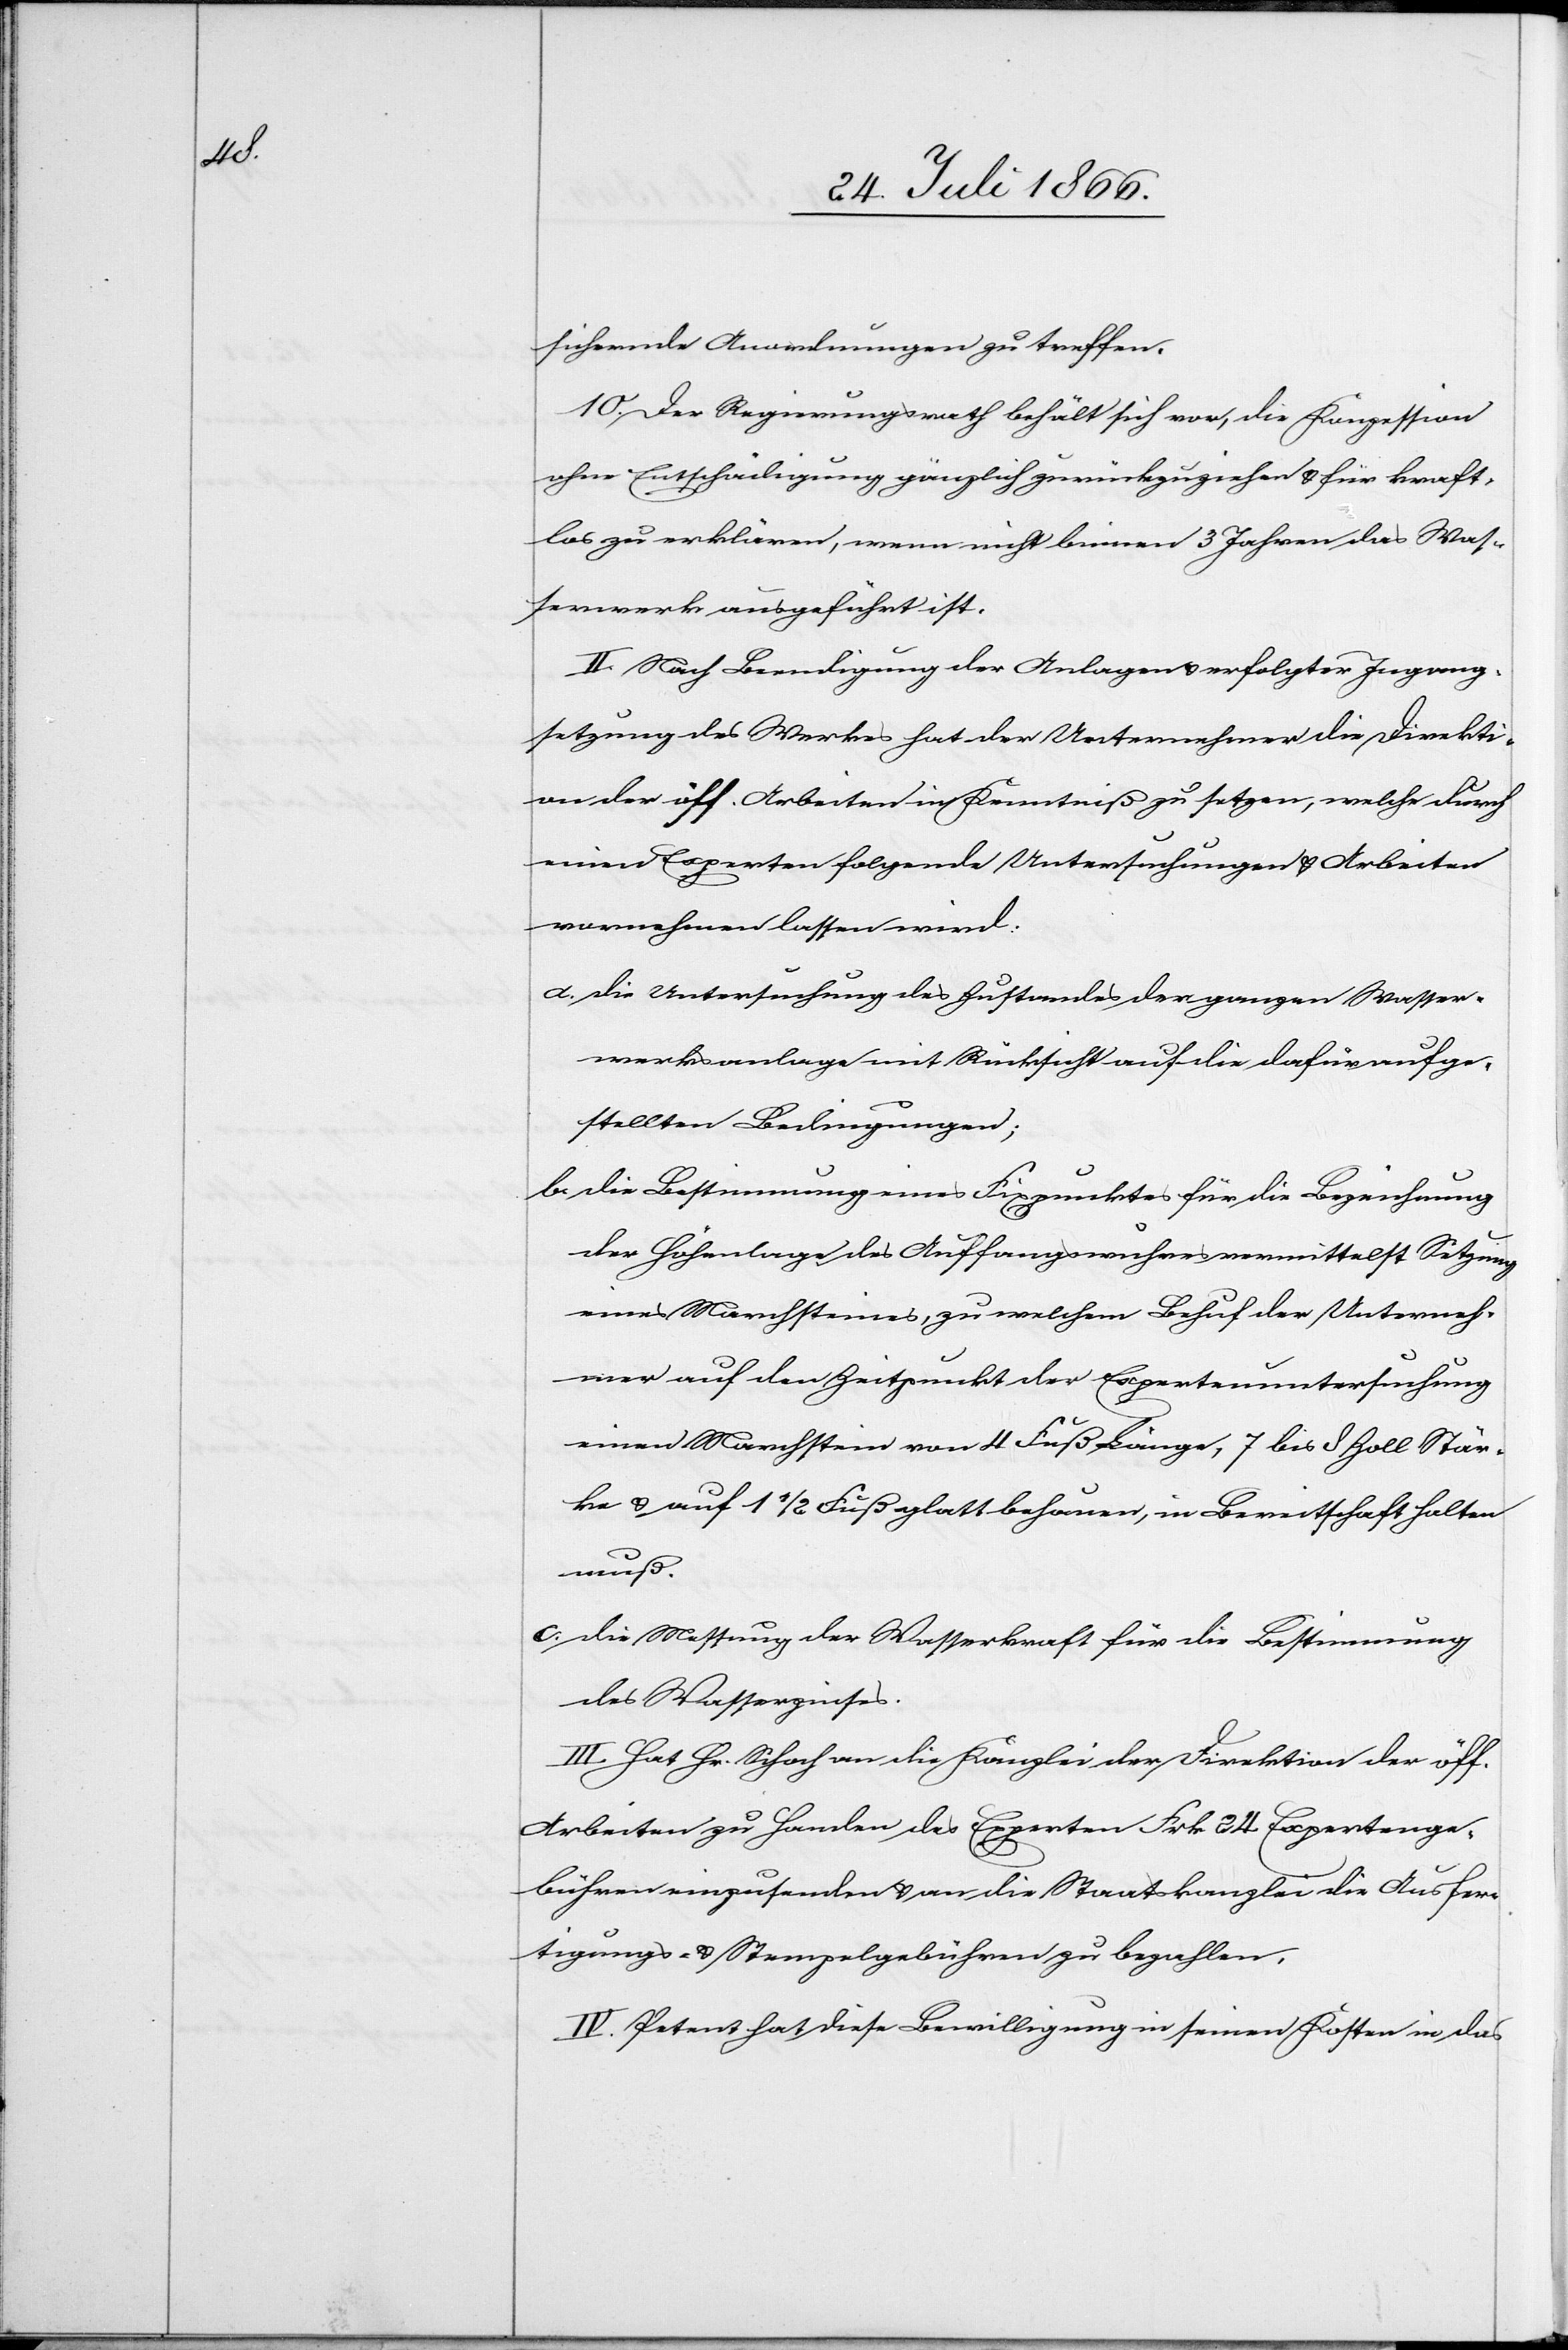
sichernde Anordnungen zu treffen.
10. Der Regierungsrath behält sich vor, die Konzession
ohne Entschädigung gänzlich zurückzuziehen u. für kraft¬
los zu erklären, wenn nicht binnen 3 Jahren das Was¬
serwerk ausgeführt ist.
II. Nach Beendigung der Anlagen u. erfolgter Ingang¬
setzung des Werkes hat der Unternehmer die Direkti¬
on der öff. Arbeiten in Kenntniß zu setzen, welche durch
einen Experten folgende Untersuchungen u. Arbeiten
vornehmen lassen wird:
a. die Untersuchung des Zustandes der ganzen Wasser¬
werksanlage mit Rücksicht auf die dafür aufge¬
stellten Bedingungen.
b. die Bestimmung eines Fixpunktes für die Bezeichnung
der Höhenlage des Auffangswuhres vermittelst Setzung
eines Marchsteines, zu welchem Behuf der Unterneh¬
mer auf den Zeitpunkt der Expertenuntersuchung
einen Marchstein von 4 Fuß Länge, 7 bis 8 Zoll Stär¬
ke u. auf 1 ½ Fuß glatt behauen, in Bereitschaft halten
muß.
c. die Messung der Wasserkraft für die Bestimmung
des Wasserzinses.
III. Hat Hr. Schoch an die Kanzlei der Direktion der öff.
Arbeiten zu Handen des Experten Frk. 24 Expertenge¬
bühren einzusenden u. an die Staatskanzlei die Ausfer¬
tigungs- u. Stempelgebühren zu bezahlen.
IV. Petent hat diese Bewilligung in seinen Kosten in das